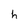
Character: h